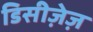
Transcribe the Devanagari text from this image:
डिसीज़ेज़